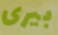
بيرى